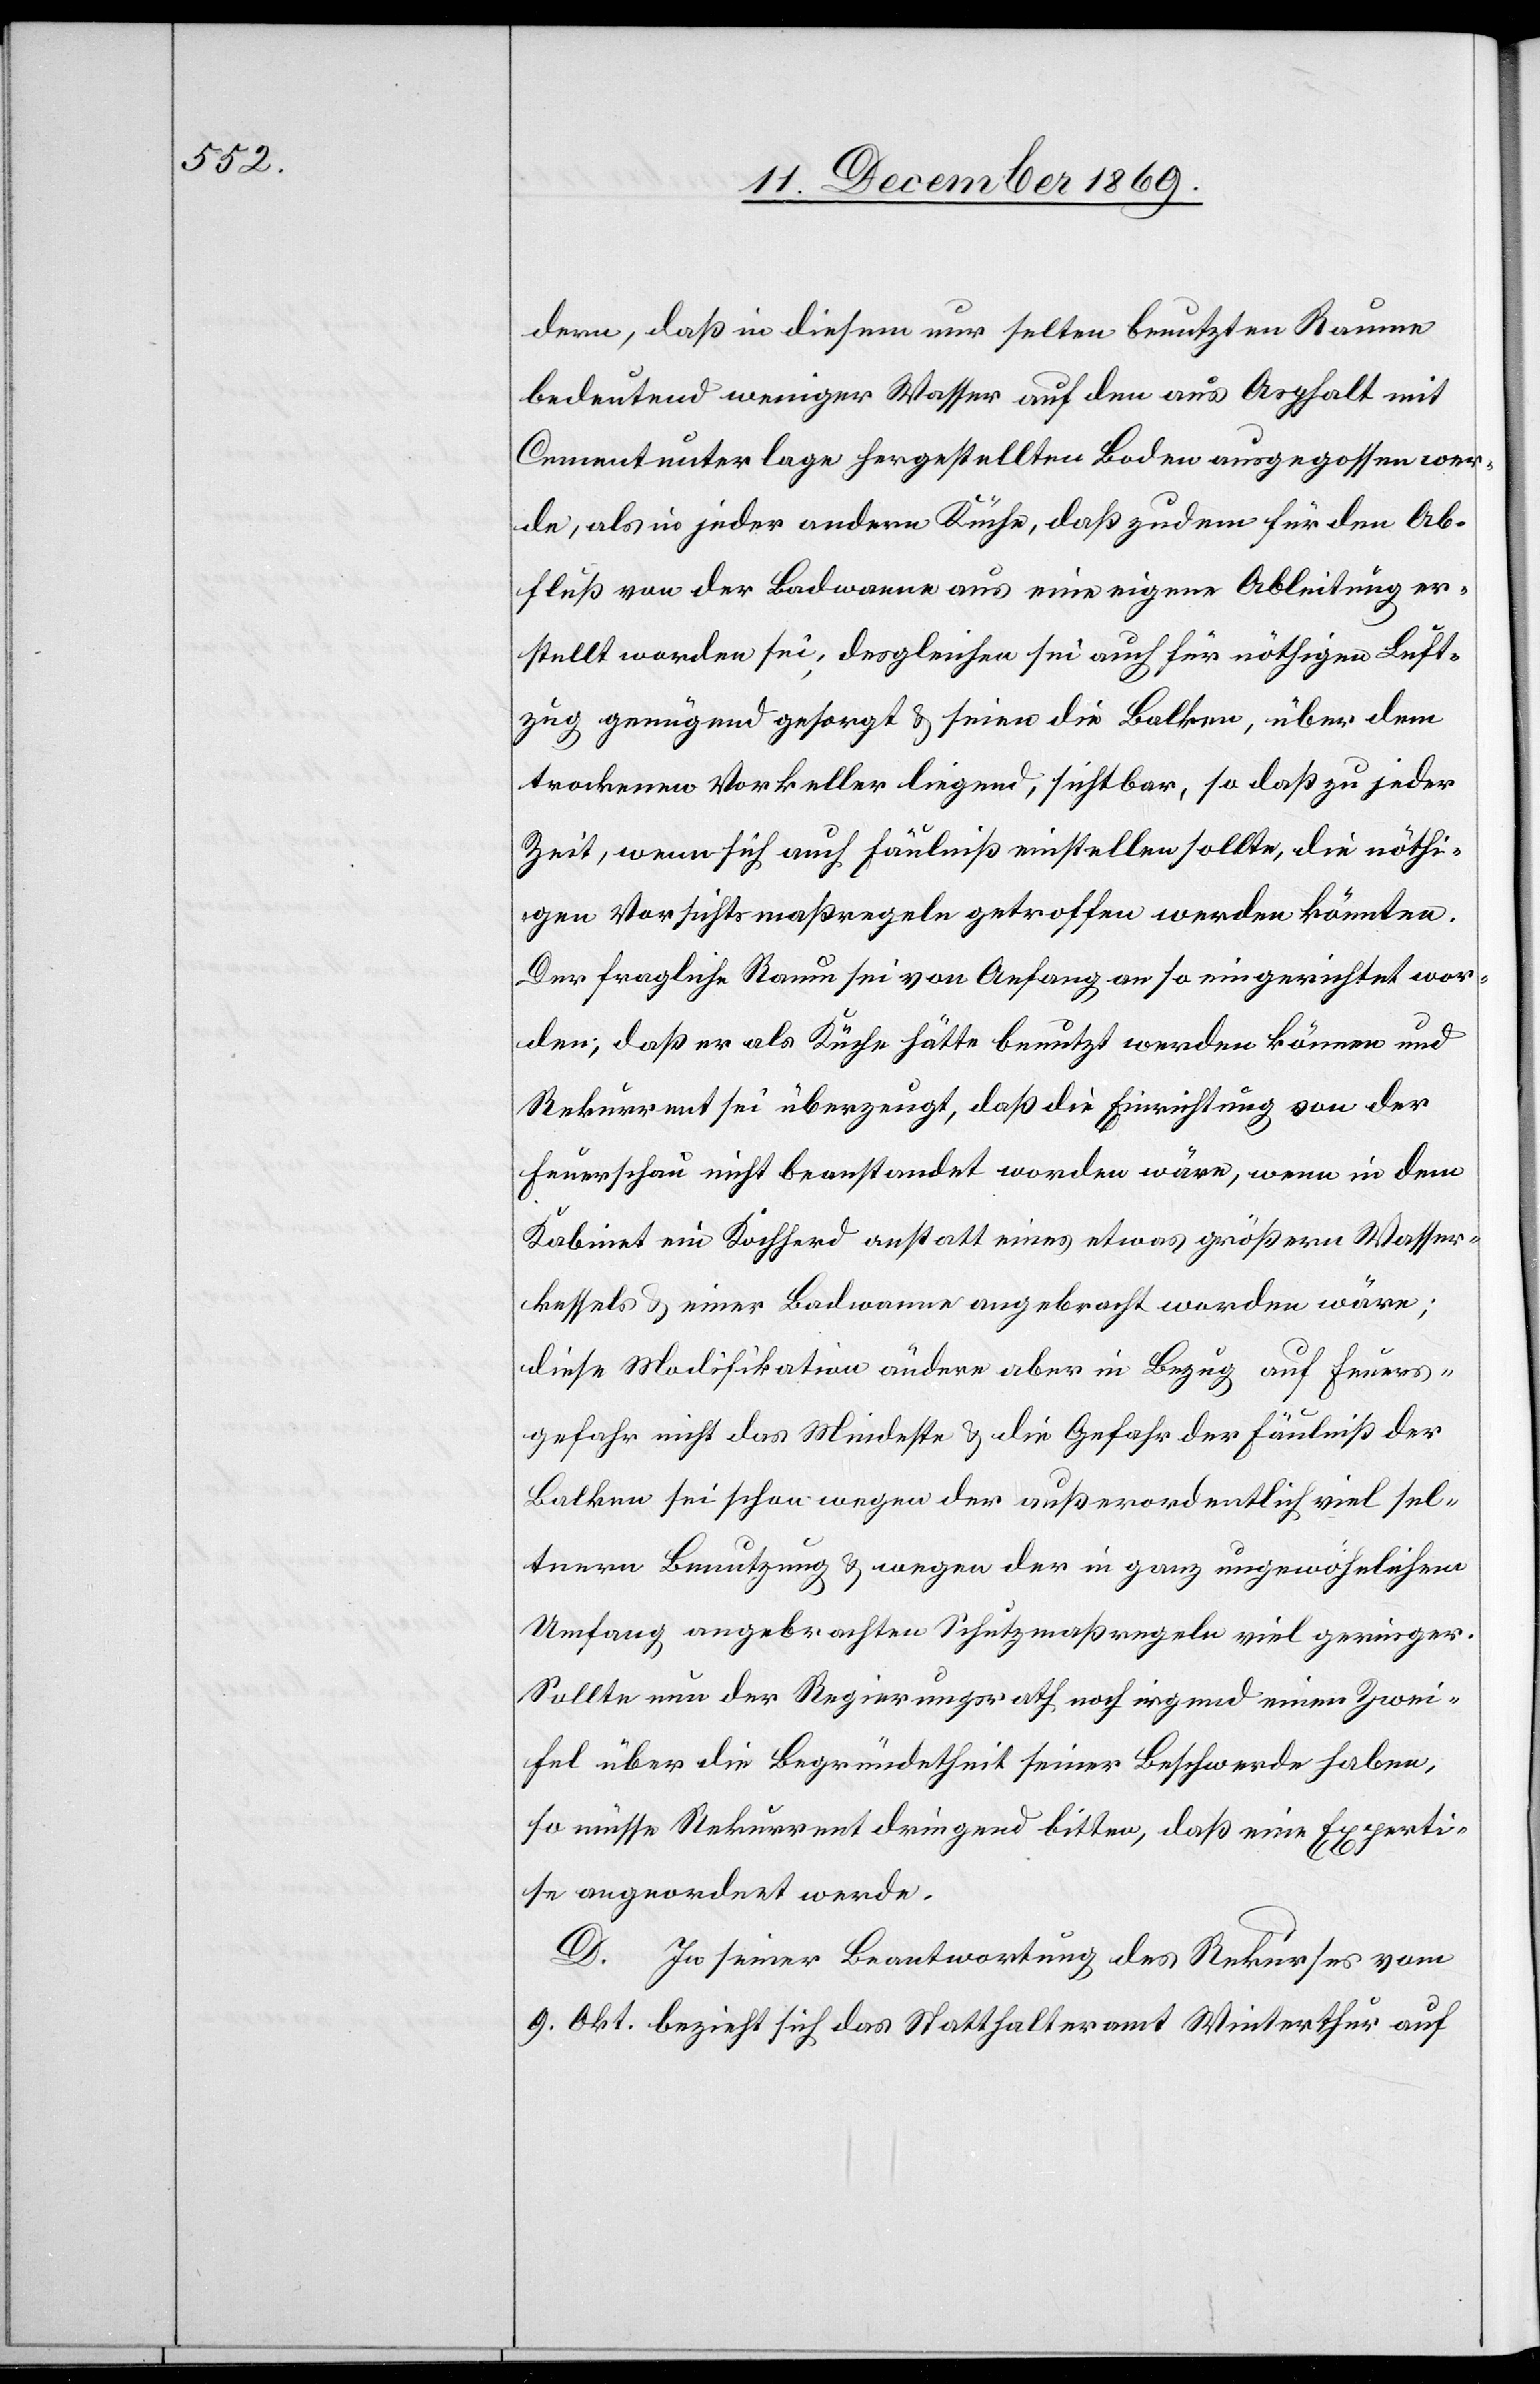
dern, daß in diesem nur selten benutzten Raume
bedeutend weniger Wasser auf den aus Asphalt mit
Cementunterlage hergestellten Boden ausgegossen wer¬
de, als in jeder andern Küche, daß zudem für den Ab¬
fluß von der Badwanne aus eine eigene Ableitung er¬
stellt worden sei; desgleichen sei auch für nöthigen Luft¬
zug genügend gesorgt & seien die Balken, über dem
trockenen Vorkeller liegend, sichtbar, so daß zu jeder
Zeit, wenn sich auch Fäulniß einstellen sollte, die nöthi¬
gen Vorsichtsmaßregeln getroffen werden könnten.
Der fragliche Raum sei von Anfang an so eingerichtet wor¬
den, daß er als Küche hätte benutzt werden können und
Rekurrent sei überzeugt, daß die Einrichtung von der
Feuerschau nicht beanstandet worden wäre, wenn in dem
Kabinet ein Kochherd anstatt eines etwas größern Wasser¬
kessels & einer Badwanne angebracht worden wäre;
diese Modifikation ändere aber in Bezug auf Feuers¬
gefahr nicht das Mindeste & die Gefahr der Fäulniß der
Balken sei schon wegen der außerordentlich viel sel¬
tenern Benutzung & wegen der in ganz ungewöhnlichem
Umfang angebrachten Schutzmaßregeln viel geringer.
Sollte nun der Regierungsrath noch irgend einen Zwei¬
fel über die Begründetheit seiner Beschwerde haben,
so müsse Rekurrent dringend bitten, daß eine Experti¬
se angeordnet werde.
D. In seiner Beantwortung des Rekurses vom
9. Okt. bezieht sich das Statthalteramt Winterthur auf